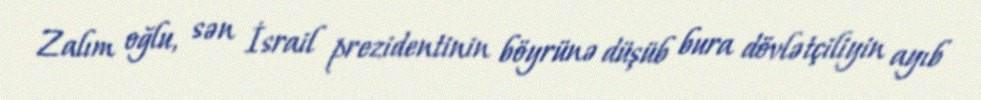
Zalım oğlu, sən İsrail prezidentinin böyrünə düşüb bura dövlətçiliyin ayıb